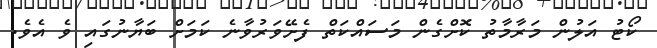
ކޯޓު އަލުން މަރާމާތު ކޮށްގެން މަސައްކަތް ފެށޭވަރުވާނެ ކަމަށް ބަޔާނުގައި ވެ އެވެ.